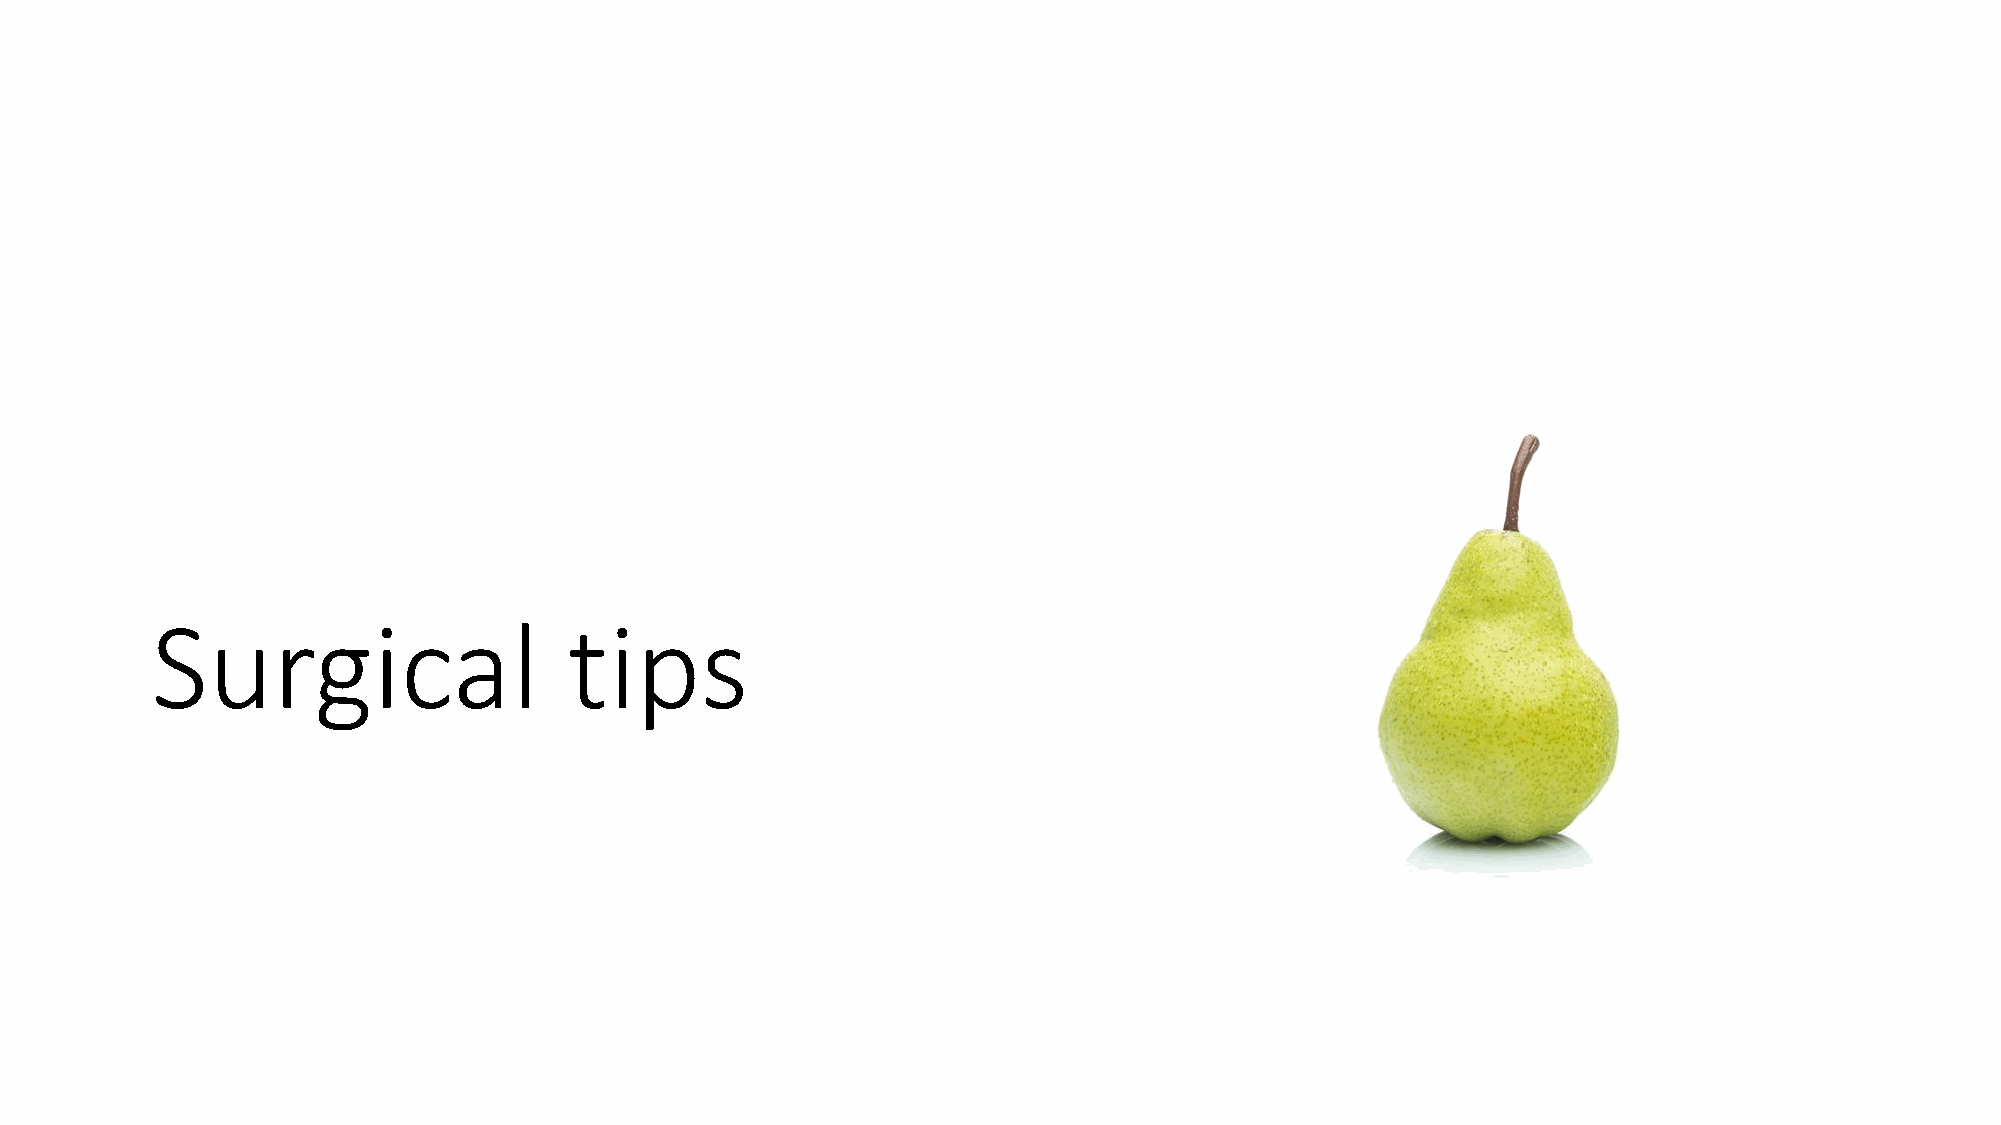
Surgical                    tips